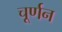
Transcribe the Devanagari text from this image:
चूर्णन